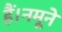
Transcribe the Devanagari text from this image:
हैं।नमूने